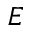
E